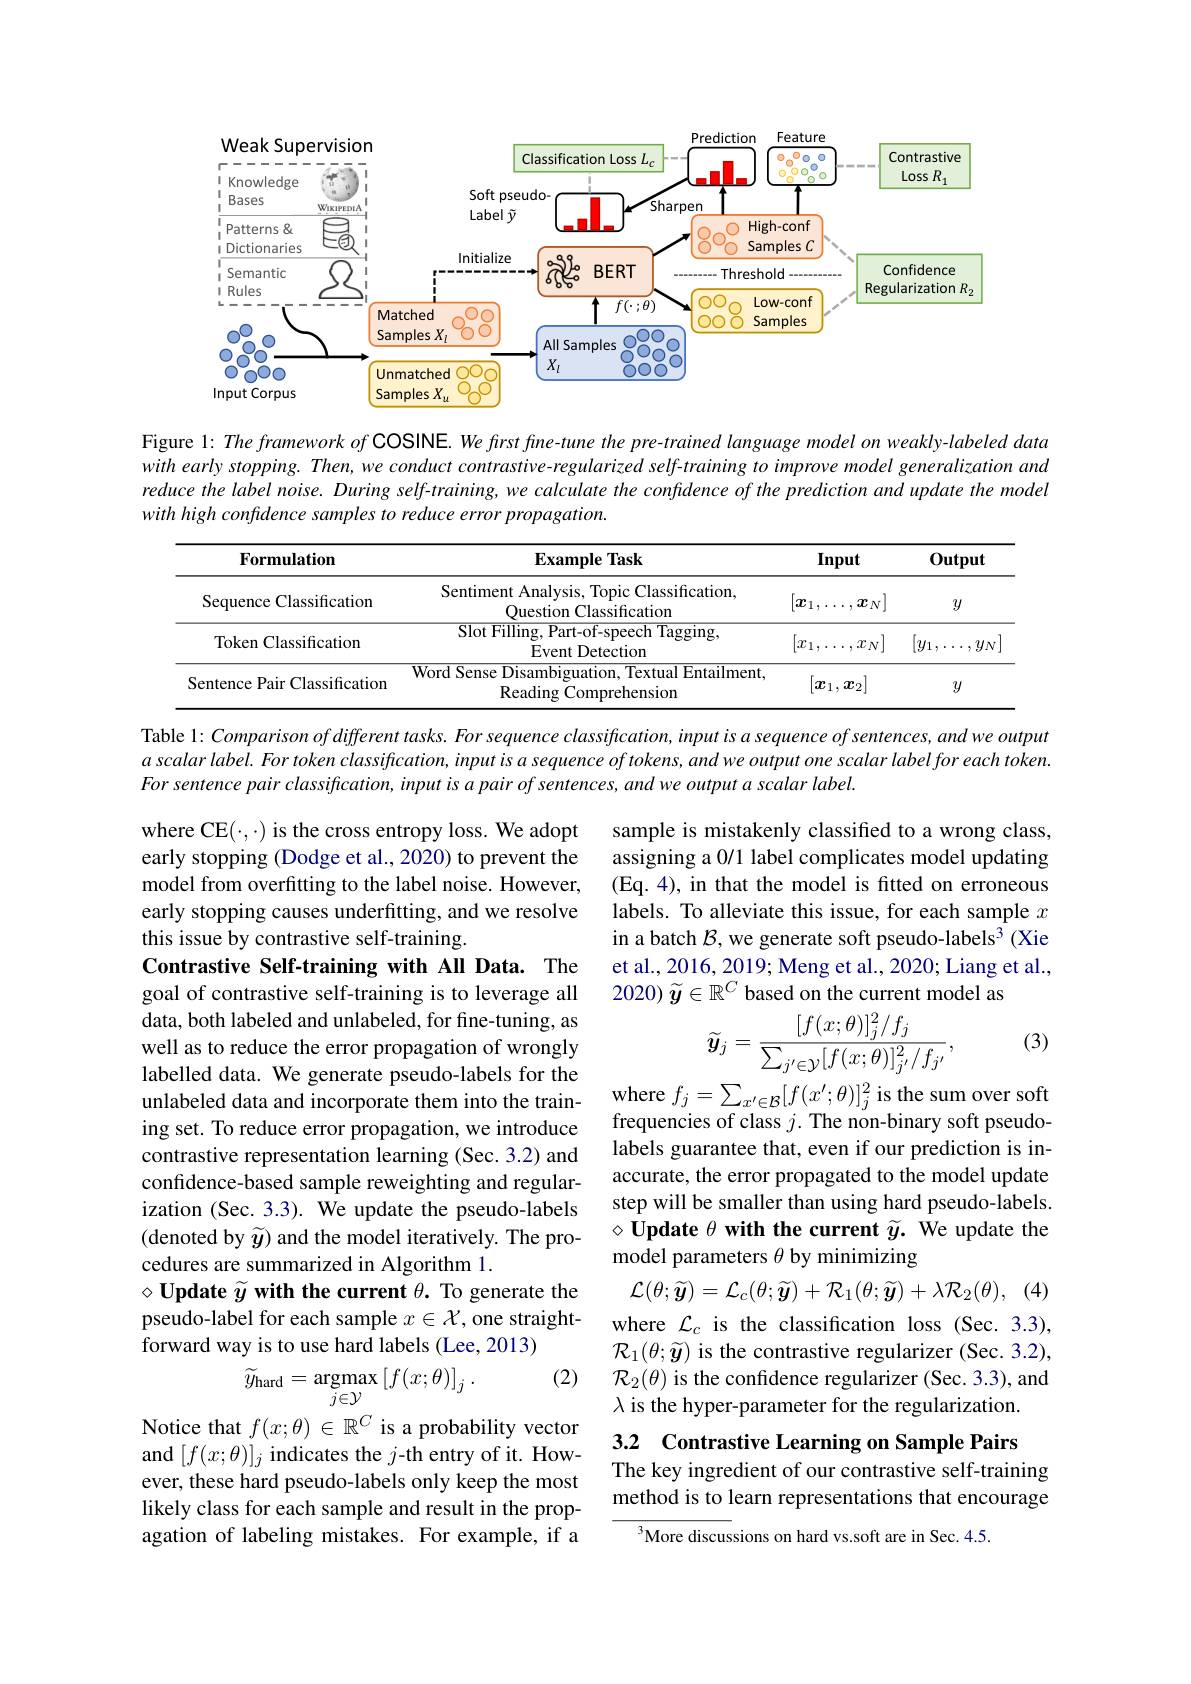
<FigureHere>

Figure 1: The framework of COSINE. We first fine-tune the pre-trained language model on weakly-labeled data with early stopping. Then, we conduct contrastive-regularized self-training to improve model generalization and reduce the label noise. During self-training, we calculate the confidence of the prediction and update the model with high confidence samples to reduce error propagation.

<table>
	<tbody>
		<tr>
			<th>Formulation</th>
			<th>$\mathbf{ExampleTask}$</th>
			<th colspan="2">Input</th>
			<th>$\mathbf{0utput}$</th>
		</tr>
		<tr>
			<td>Sequence Classification</td>
			<td>Sentiment Analysis, Topic Classification, Question Classification</td>
			<td>$[\boldsymbol{x}_1,.$ </td>
			<td>$x_N]$</td>
			<td>$y$</td>
		</tr>
		<tr>
			<td>Token Classification</td>
			<td>$\operatorname{Slot}$Filling, Part-of-speech Tagging Event Detection</td>
			<td>$[x_1$, </td>
			<td>$x_{N}]$ </td>
			<td>$[y_1$, $y_{N}$</td>
		</tr>
		<tr>
			<td>Sentence Pair Classification</td>
			<td>Word Sense Disambiguation, Textual Entailment, Reading Comprehension</td>
			<td colspan="2">$[\boldsymbol{x}_1,\boldsymbol{x}_2]$</td>
			<td>$y$</td>
		</tr>
	</tbody>
</table>

Table l: Comparison of different tasks. For sequence classification, input is a sequence of sentences, and we output $a\textit{ scalar label. For token classification, input is a sequence of tokens, and we output one scalar label for each token. For token classification, input is a sequence of tokens, and we output one scalar label for e ach token. Ton s pre tre s ala to s p}$ $Forsentencepairclassification,inputisapairofsentences,andweoutputascalarlabel.$

sample is mistakenly classified to a wrong class, assigning a 0/1 label complicates model updating (Eq. 4), in that the model is fitted on erroneous labels. To alleviate this issue, for each sample $x$ in a batch $\mathcal{B}$, we generate soft pseudo-labels$^3$ (Xie et al., 2016, 2019; Meng et al., 2020; Liang et al., 2020) $\widetilde{\boldsymbol{y}}\in\mathbb{R}^C$ based on the current model as

(3)
$$\widetilde{\boldsymbol{y}}_{j}=\frac{[f(x;\theta)]_{j}^{2}/f_{j}}{\sum_{j'\in\mathcal{Y}}[f(x;\theta)]_{j'}^{2}/f_{j'}},$$
where CE$(\cdot,\cdot)$ is the cross entropy loss. We adopt early stopping (Dodge et al., 2020) to prevent the model from overfitting to the label noise. However, early stopping causes underfitting, and we resolve this issue by contrastive self-training.
Contrastive Self-training with All Data. The goal of contrastive self-training is to leverage all data, both labeled and unlabeled, for fine-tuning, as well as to reduce the error propagation of wrongly labelled data. We generate pseudo-labels for the unlabeled data and incorporate them into the training set. To reduce error propagation, we introduce contrastive representation learning (Sec. 3.2) and confidence-based sample reweighting and regularization (Sec. 3.3). We update the pseudo-labels (denoted by $\widetilde{y}$) and the model iteratively. The procedures are summarized in Algorithm 1.
$\diamond \textbf{Update }\widetilde{y}$ with the current $\theta.$ To generate the pseudo-label for each sample $x\in\mathcal{X}$, one straightforward way is to use hard labels (Lee, 2013)
(2)
$$\widetilde{y}_{\mathrm{hard}}=\underset{j\in\mathcal{Y}}{\mathrm{argmax}}\left[f(x;\theta)\right]_{j}.$$
where $f_j=\sum_{x^{\prime}\in\mathcal{B}}[f(x^{\prime};\theta)]_{j}^{2}$ is the sum over soft frequencies of class $j.$ The non-binary soft pseudolabels guarantee that, even if our prediction is inaccurate, the error propagated to the model update step will be smaller than using hard pseudo-labels. $\diamond \textbf{Update }\theta \textbf{ with the current }\widetilde{y} .$ We update the model parameters $\theta$ by minimizing
$\mathcal{L} ( \theta ; \widetilde{\boldsymbol{y}} ) = \mathcal{L} _c( \theta ; \widetilde{\boldsymbol{y}} ) + \mathcal{R} _1( \theta ; \widetilde{\boldsymbol{y}} ) + \lambda \mathcal{R} _2( \theta ) $, (4) where $\mathcal{L}_c$ is the classification loss (Sec.3.3), $\mathcal{R}_{1}(\theta;\widetilde{\boldsymbol{y}})$ is the contrastive regularizer (Sec.3.2), $\mathcal{R}_2(\theta)$ is the confidence regularizer (Sec.3.3), and $\lambda$ is the hyper-parameter for the regularization.

3.2 Contrastive Learning on Sample Pairs
The key ingredient of our contrastive self-training method is to learn representations that encourage

Notice that $f(x;\theta)\in\mathbb{R}^C$ is a probability vector and $[f(x;\theta)]_j$ indicates the $j$-th entry of it. However, these hard pseudo-labels only keep the most likely class for each sample and result in the propagation of labeling mistakes. For example, if a

More discussions on hard vs.soft are in Sec. 4.5